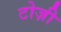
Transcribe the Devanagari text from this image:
टोज़ी